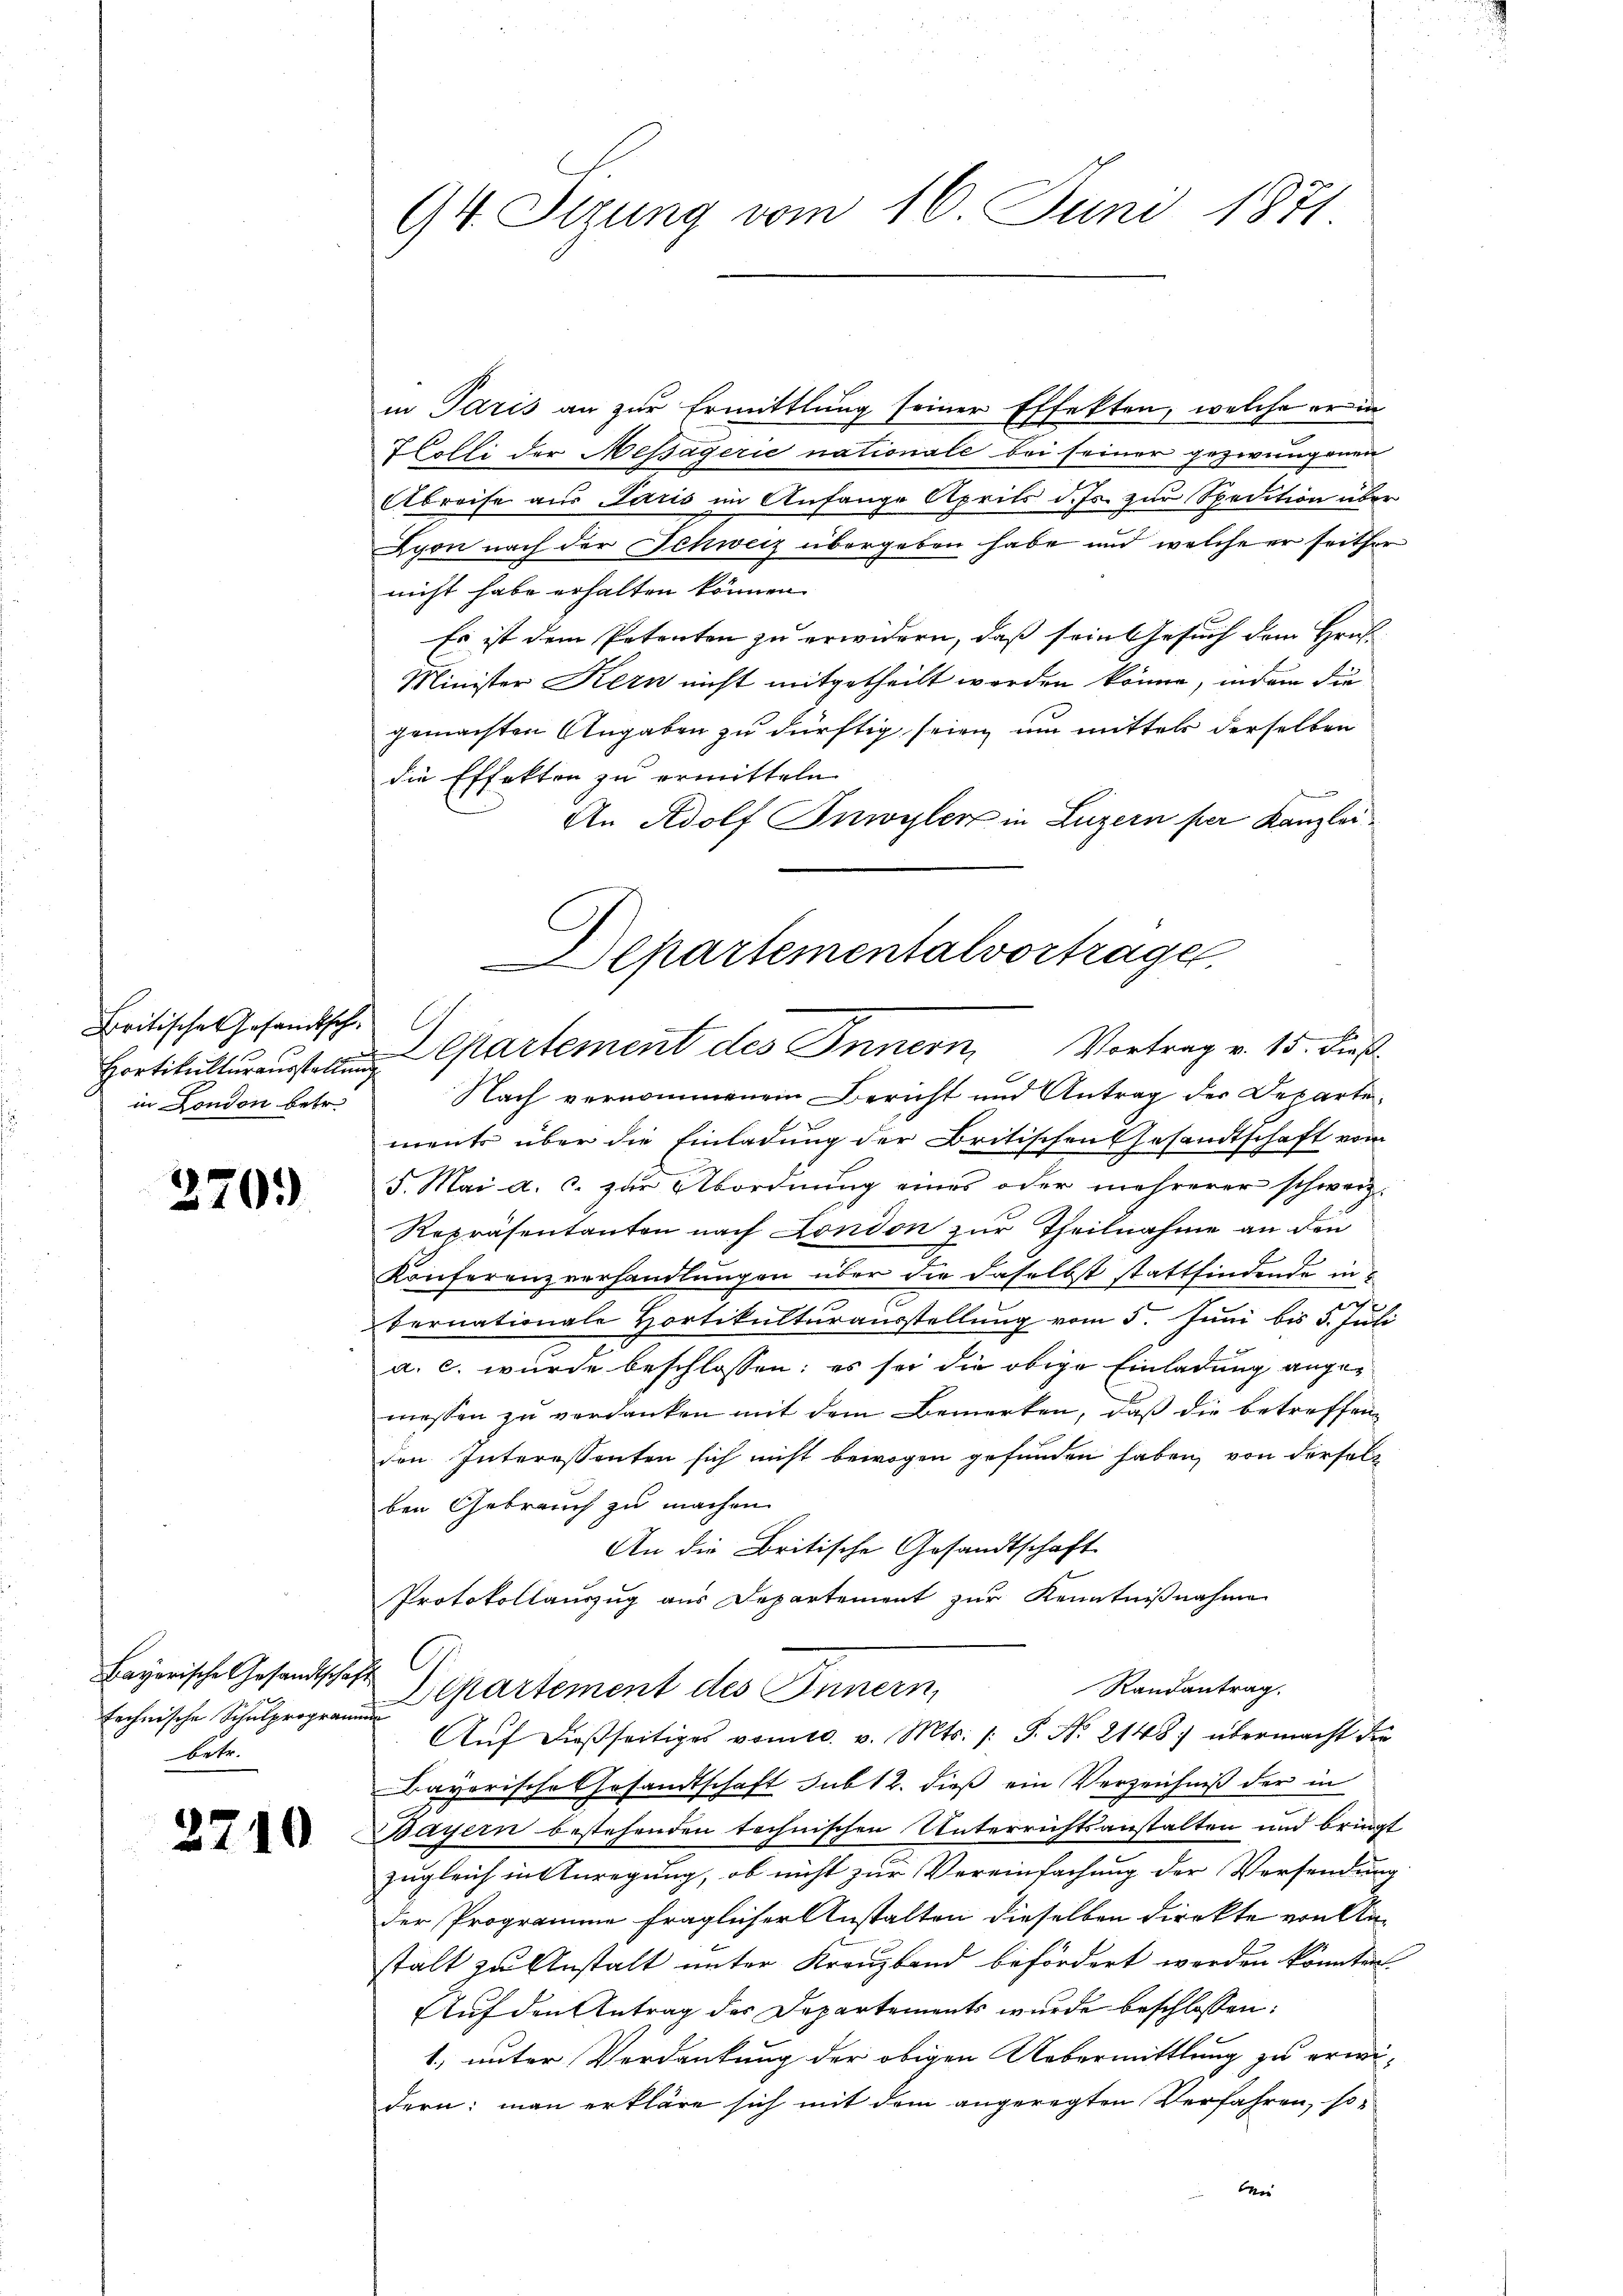
Britische Gesandtschin London betr.

270.)

Bayerische Gesandtschaft
betr.

2710

94 Sizung vom 16. Juni 1871

in Paris an zur Ermittlung seiner Effekten, welche er in
HColli der Messagerie nationale bei seiner gezwungenen
Abreise aus Paris im Anfange Aprils d. Js. zur Spedition über
Lyon nach der Schweiz übergeben habe und welche er seither
nicht habe erhalten können
Es ist dem Petenten zu erwidern, daß sein Gesuch dem Hrn.
Minister Kern nicht mitgetheilt werden könne, indem die
gemachten Angaben zu dürftig seien um mittels derselben
die Effekten zu ermitteln.
An Adolf Inwyler in Luzern per Kanzlei¬
Nach vernommenem Bericht und Antrag der Departements über die Einladung der Britischen Gesandtschaft vom
5. Mai a. c. zur Abordnung eines oder mehrerer schweiz.
Repräsentanten nach London zur Theilnahme an den
Konferenzverhandlungen über die daselbst stattfindende in
bernationale Hortikulturausstellung vom 5. Juni bis 5. Juli
m
a. c. wurde beschlossen: es sei die obige Einladung angemessen zu verdanken mit dem Bemerken, daß die betreffenden Interessanten sich nicht bewogen gefunden haben, von derselben Gebrauch zu machen.
An die Britische Gesandtschaft
Protokollauszug aus Departement zur Kenntnißnahme
C
Randantrag.
chnische Cartement des Innern,
Aŭf dießseitiges vomtl. v. Mts. /: S. Nr. 2148) übermacht die
Bayorische Gesandtschaft sub 12. dieß ein Verzeichniß der in
Bayern bestehenden technischen Unterrichtsanstalten und bringt
zugleich in Anregung, ob nicht zur Vereinfachung der Versendung
der Programme fraglicher Anstalten dieselben direkte von Anstalt zu Anstalt unter Kreuzband befördert werden könnten
Auf den Antrag des Departements wurde beschlossen:
1) unter Verdankung der obigen Uebermittlung zu erwidern: man erkläre sich mit dem angeregten Verfahren, so-
e

partementalvortragen.
l.
Hortikulturausstellung partement des Innern, Vortrag v. 15. dieß